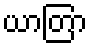
ယာတြာ